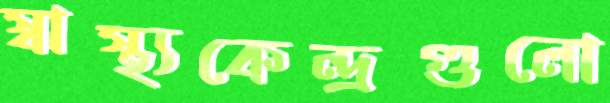
স্বাস্থ্যকেন্দ্রগুলো